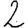
Digit: 2